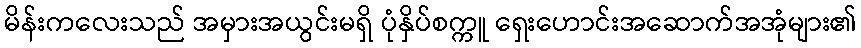
မိန်းကလေးသည် အမှားအယွင်းမရှိ ပုံနှိပ်စက္ကူ ရှေးဟောင်းအဆောက်အအုံများ၏